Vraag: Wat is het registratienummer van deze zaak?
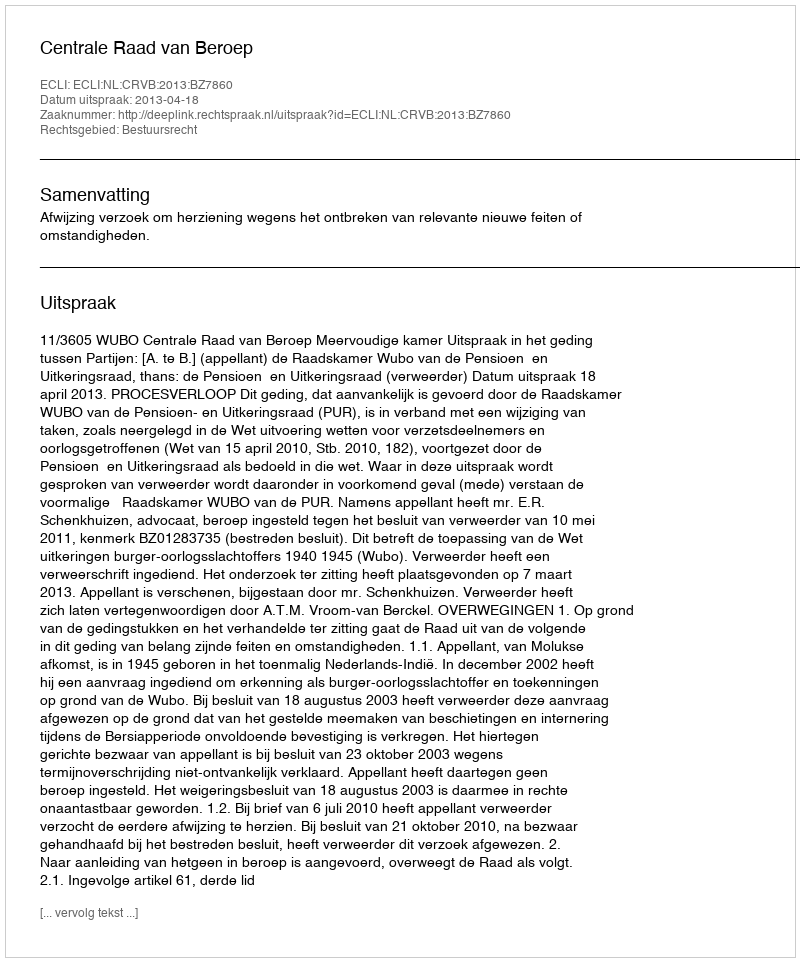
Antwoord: http://deeplink.rechtspraak.nl/uitspraak?id=ECLI:NL:CRVB:2013:BZ7860